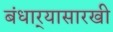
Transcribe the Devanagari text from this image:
बंधार्‍यासारखी